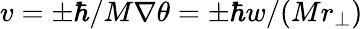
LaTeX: v=\pm\hbar/M\nabla\theta=\pm\hbar w/(Mr_{\perp})